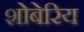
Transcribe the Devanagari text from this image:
शोबेरिय